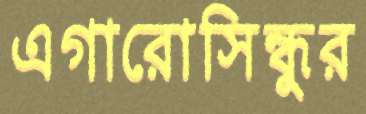
এগারোসিন্ধুর